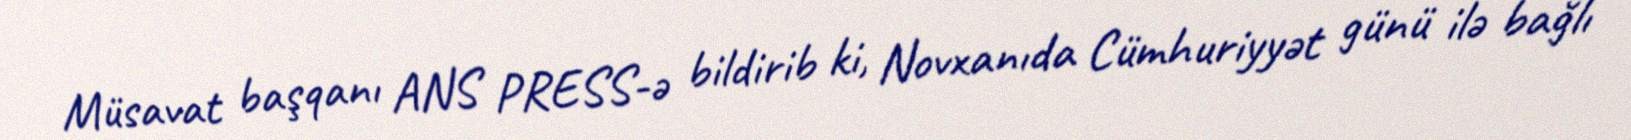
Müsavat başqanı ANS PRESS-ə bildirib ki, Novxanıda Cümhuriyyət günü ilə bağlı